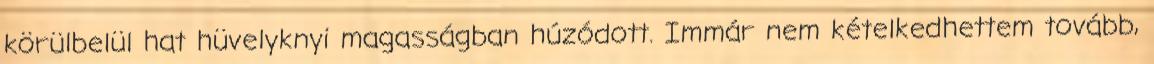
körülbelül hat hüvelyknyi magasságban húzódott. Immár nem kételkedhettem tovább,